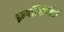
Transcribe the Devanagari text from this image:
इम्पल्सिविटी